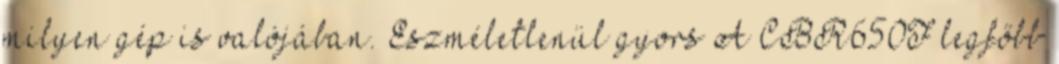
milyen gép is valójában. Eszméletlenül gyors A CBR650F legfőbb